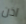
اذن